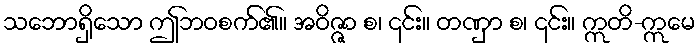
သဘောရှိသော ဤဘဝစက်၏။ အဝိဇ္ဇာ စ၊ ၎င်း။ တဏှာ စ၊ ၎င်း။ ဣတိ-ဣမေ